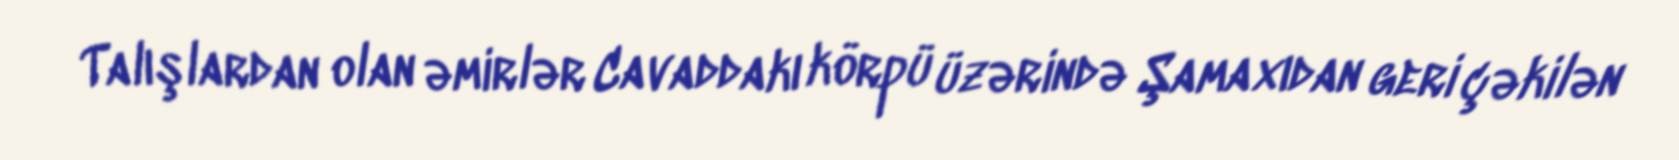
Talışlardan olan əmirlər Cavaddakı körpü üzərində Şamaxıdan geri çəkilən